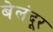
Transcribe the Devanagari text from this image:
बेलंदूर